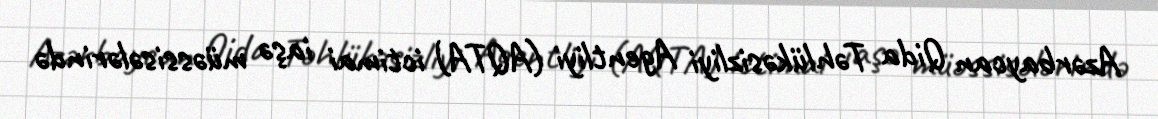
Azərbaycan Qida Təhlükəsizliyi Agentliyi (AQTA) ictimai iaşə müəssisələrində